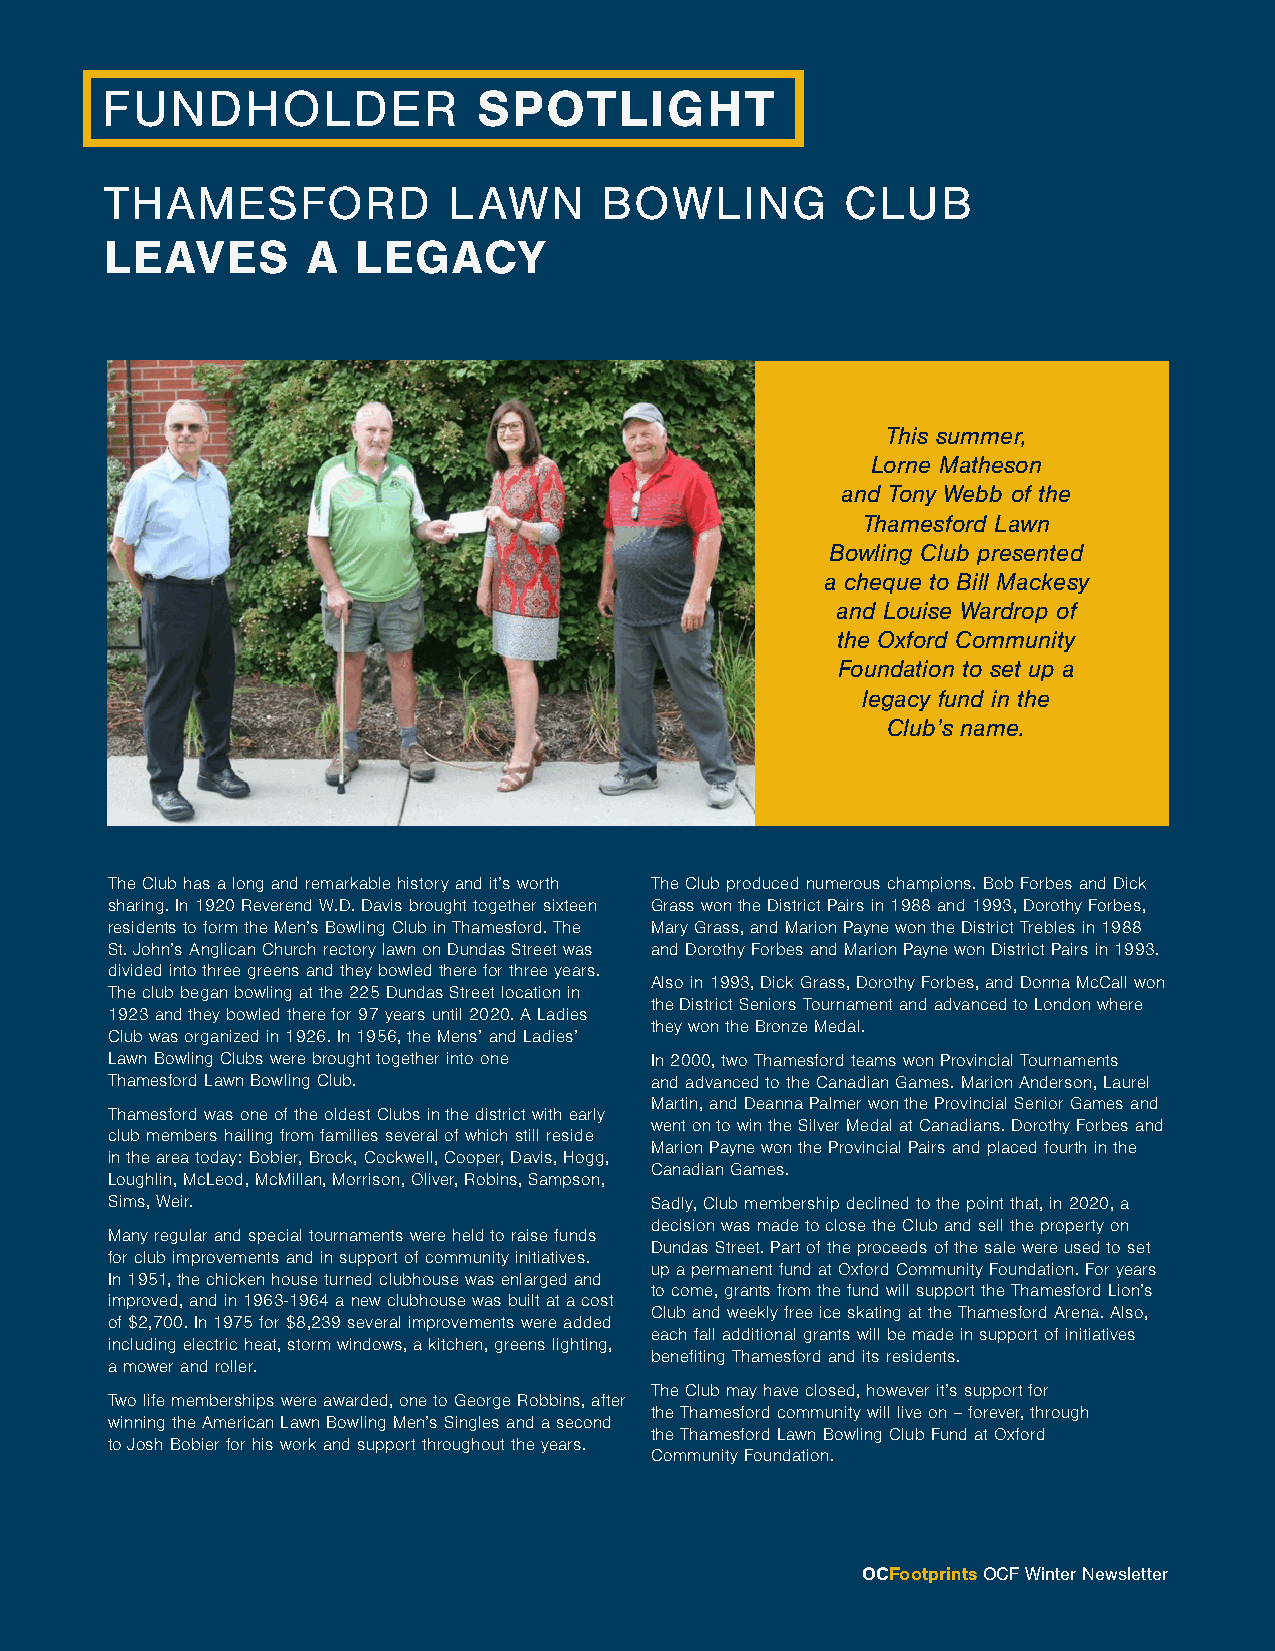
FUNDHOLDER               SPOTLIGHT
 THAMESFORD             LAWN      BOWLING         CLUB
 LEAVES       A   LEGACY
 This summer,
 Lorne Matheson
 and Tony Webb of the
 Thamesford Lawn
 Bowling Club presented
 a cheque to Bill Mackesy
 and Louise Wardrop of
 the Oxford Community
 Foundation to set up a
 legacy fund in the
 Club’s name.
 The Club has a long and remarkable history and it’s worth The Club produced numerous champions. Bob Forbes and Dick
 sharing. In 1920 Reverend W.D. Davis brought together sixteen Grass won the District Pairs in 1988 and 1993, Dorothy Forbes,
 residents to form the Men’s Bowling Club in Thamesford. The Mary Grass, and Marion Payne won the District Trebles in 1988
 St. John’s Anglican Church rectory lawn on Dundas Street was and Dorothy Forbes and Marion Payne won District Pairs in 1993.
 divided into three greens and they bowled there for three years.
 Also in 1993, Dick Grass, Dorothy Forbes, and Donna McCall won
 The club began bowling at the 225 Dundas Street location in
 the District Seniors Tournament and advanced to London where
 1923 and they bowled there for 97 years until 2020. A Ladies
 they won the Bronze Medal.
 Club was organized in 1926. In 1956, the Mens’ and Ladies’
 Lawn Bowling Clubs were brought together into one In 2000, two Thamesford teams won Provincial Tournaments
 Thamesford Lawn Bowling Club.       and advanced to the Canadian Games. Marion Anderson, Laurel
 Martin, and Deanna Palmer won the Provincial Senior Games and
 Thamesford was one of the oldest Clubs in the district with early
 went on to win the Silver Medal at Canadians. Dorothy Forbes and
 club members hailing from families several of which still reside
 Marion Payne won the Provincial Pairs and placed fourth in the
 in the area today: Bobier, Brock, Cockwell, Cooper, Davis, Hogg,
 Canadian Games.
 Loughlin, McLeod, McMillan, Morrison, Oliver, Robins, Sampson,
 Sims, Weir.                         Sadly, Club membership declined to the point that, in 2020, a
 decision was made to close the Club and sell the property on
 Many regular and special tournaments were held to raise funds
 Dundas Street. Part of the proceeds of the sale were used to set
 for club improvements and in support of community initiatives.
 up a permanent fund at Oxford Community Foundation. For years
 In 1951, the chicken house turned clubhouse was enlarged and
 to come, grants from the fund will support the Thamesford Lion’s
 improved, and in 1963-1964 a new clubhouse was built at a cost
 Club and weekly free ice skating at the Thamesford Arena. Also,
 of $2,700. In 1975 for $8,239 several improvements were added
 each fall additional grants will be made in support of initiatives
 including electric heat, storm windows, a kitchen, greens lighting,
 benefiting Thamesford and its residents.
 a mower and roller.
 The Club may have closed, however it’s support for
 Two life memberships were awarded, one to George Robbins, after
 the Thamesford community will live on – forever, through
 winning the American Lawn Bowling Men’s Singles and a second
 the Thamesford Lawn Bowling Club Fund at Oxford
 to Josh Bobier for his work and support throughout the years.
 Community Foundation.
 OCFootprints OCF Winter Newsletter